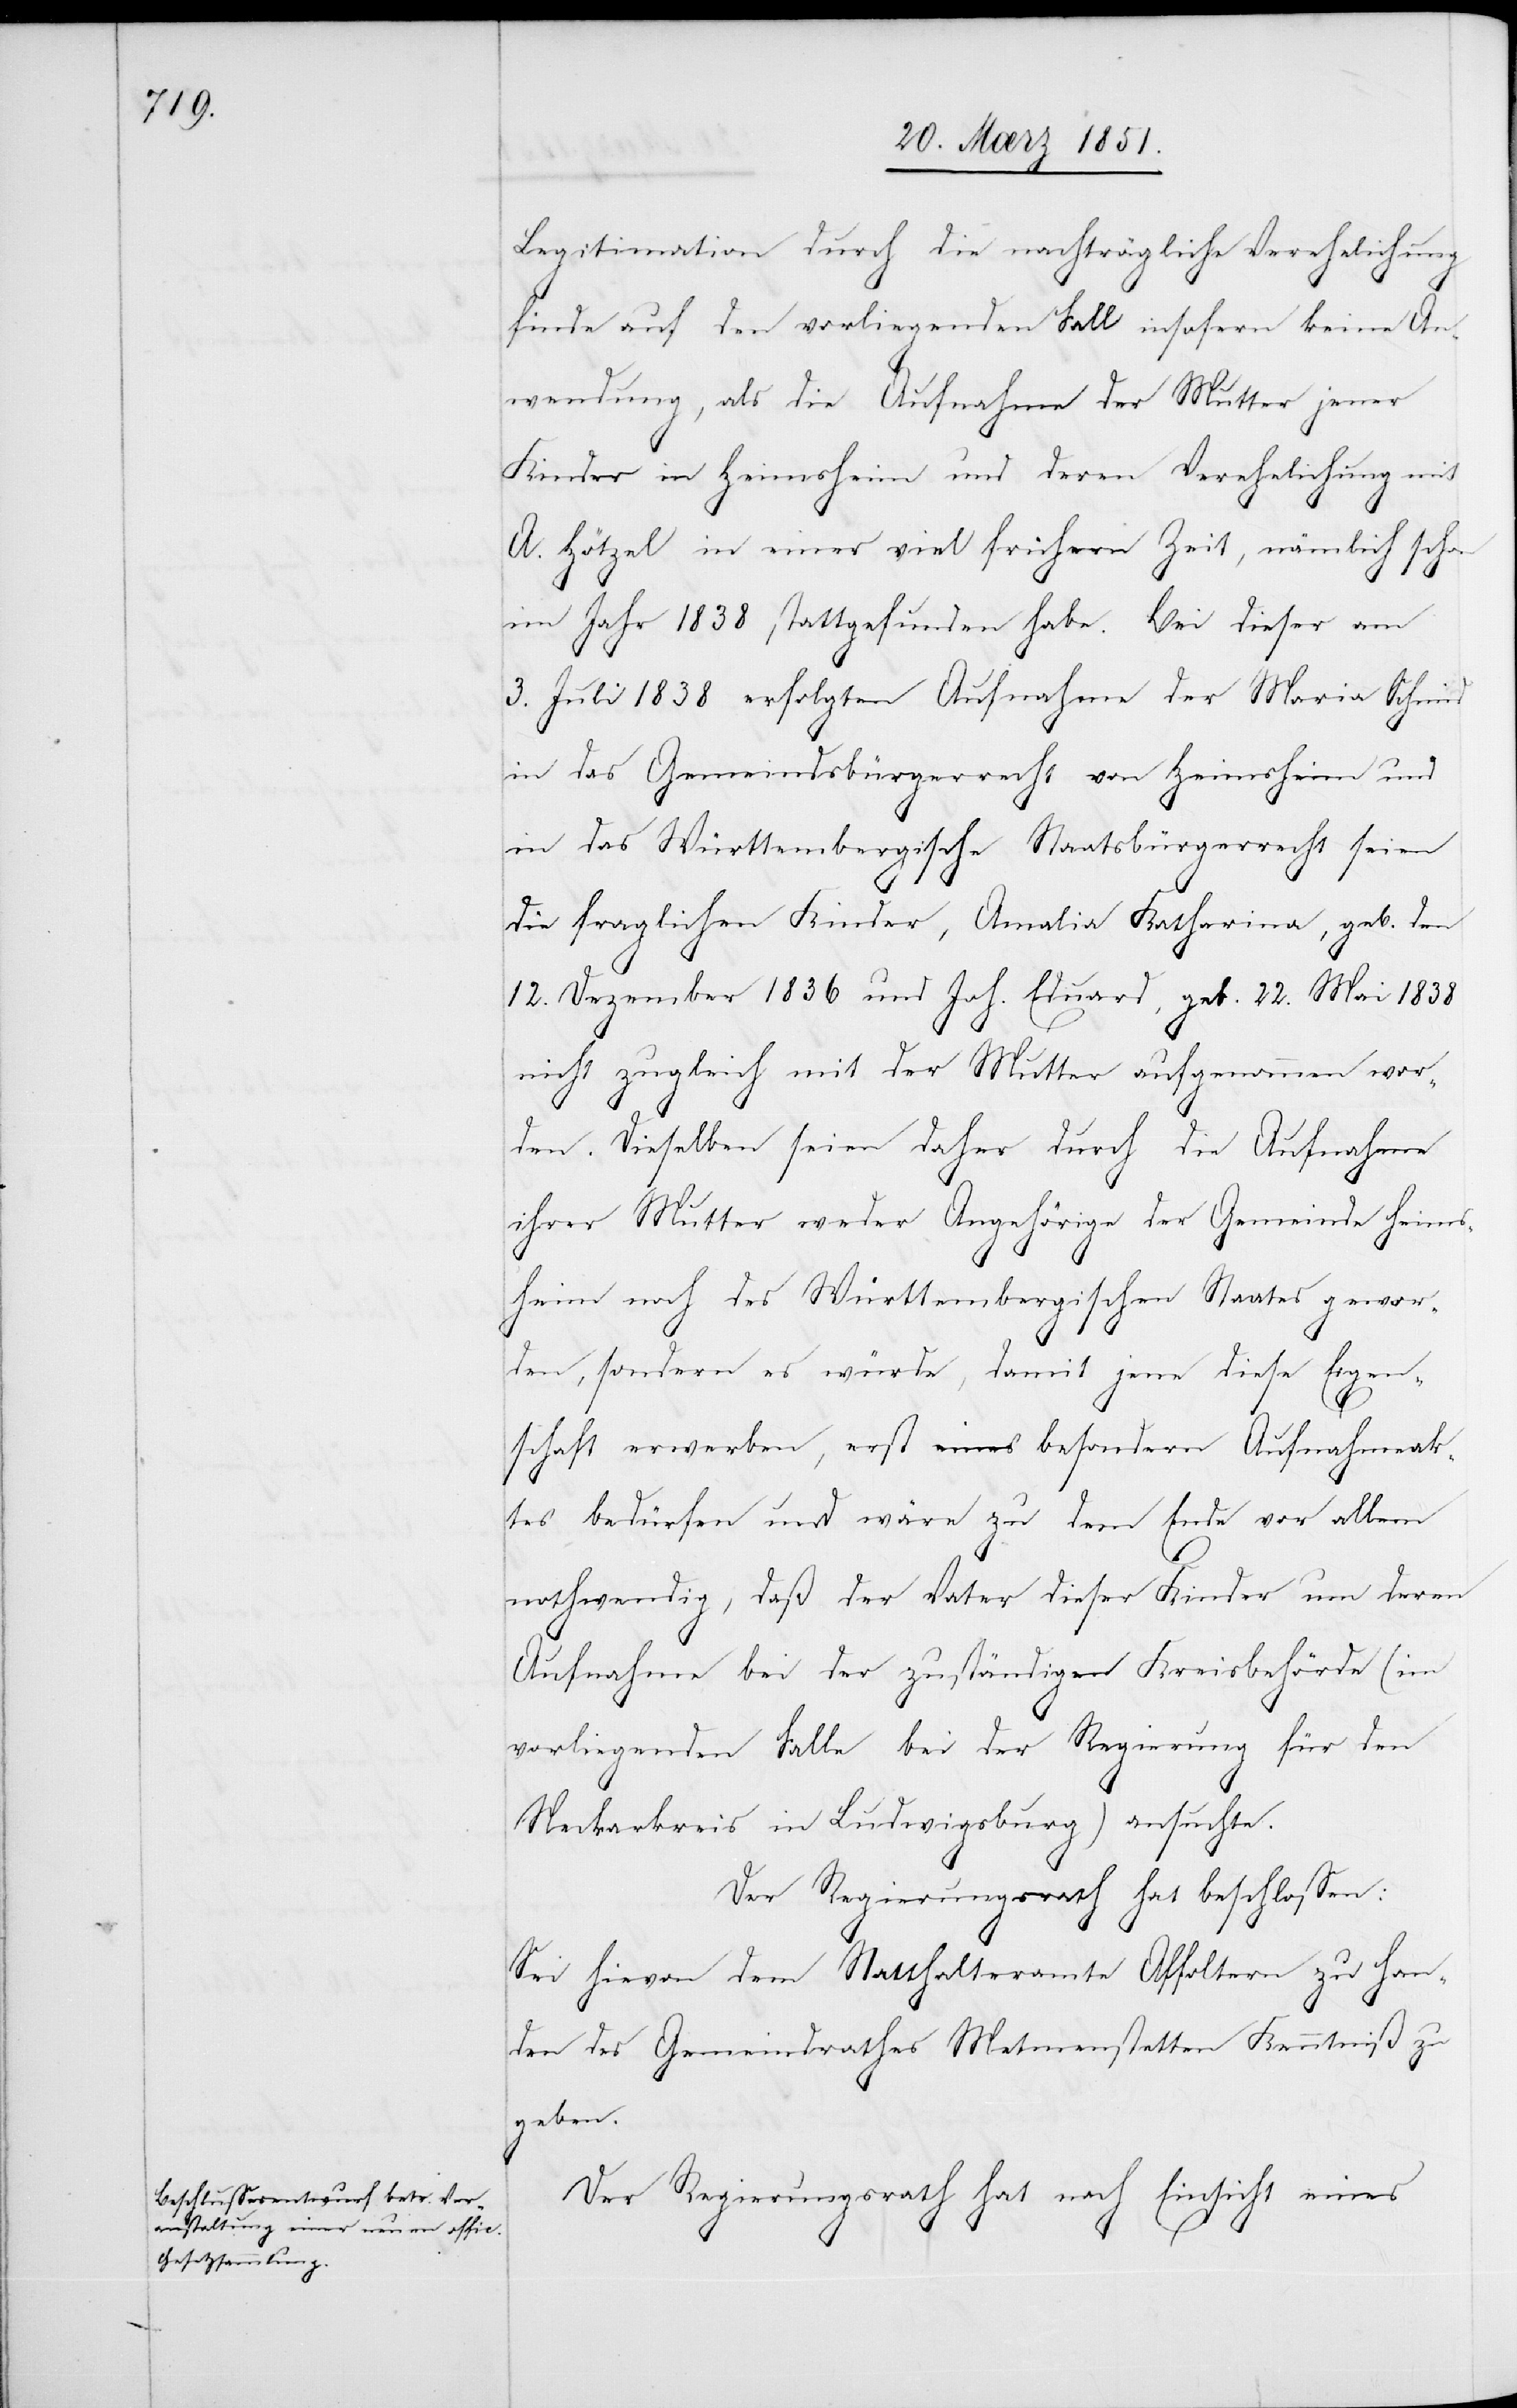
Legitimation durch die nachträgliche Verehelichung
finde auf den vorliegenden Fall insofern keine An¬
wendung, als die Aufnahme der Mutter jener
Kinder in Heimsheim und deren Verehelichung mit
A. Hötzel in einer viel frühern Zeit, nämlich schon
im Jahr 1838 stattgefunden habe. Bei dieser am
3. Juli 1838 erfolgten Aufnahme der Maria Schmid
in das Gemeindsbürgerrecht von Heimsheim und
in das Württembergische Staatsbürgerrecht seien
die fraglichen Kinder, Amalia Katharina, geb. den
12. Dezember 1836 und Joh. Eduard, geb. 22. Mai 1838
nicht zugleich mit der Mutter aufgenommen wor¬
den. Dieselben seien daher durch die Aufnahme
ihrer Mutter weder Angehörige der Gemeinde Heims¬
heim noch des Württembergischen Staates gewor¬
den, sondern es würde, damit jene diese Eigen¬
schaft erwerben, erst eines besondern Aufnahmeak¬
tes bedürfen und wäre zu dem Ende vor allem
nothwendig, daß der Vater dieser Kinder um deren
Aufnahme bei der zuständigen Kreisbehörde (im
vorliegenden Falle bei der Regierung für den
Neckarkreis in Ludwigsburg) ansuchte.
Der Regierungsrath hat beschlossen:
Sei hievon dem Statthalteramte Affoltern zu Han¬
den des Gemeindrathes Met[t]menstetten Kenntniß zu
geben.
Der Regierungsrath hat nach Einsicht eines